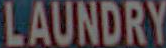
LAUNDRY